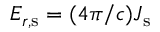
\ensuremath { E _ { r , \mathrm { s } } } = ( 4 \pi / c ) \ensuremath { J _ { \mathrm { s } } }